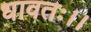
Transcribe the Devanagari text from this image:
धावतः।।